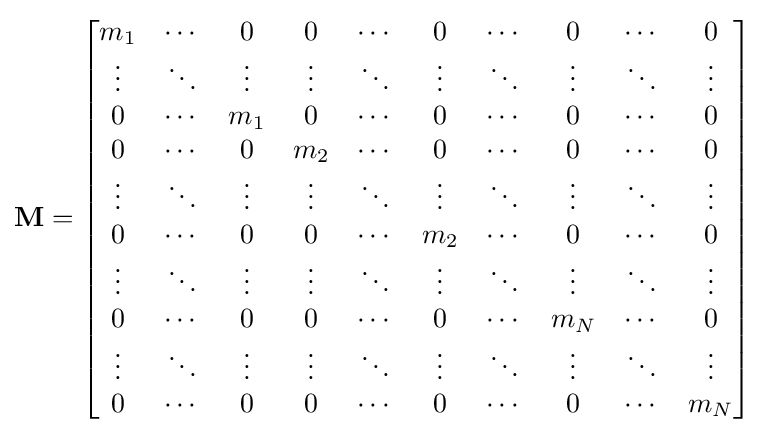
\mathbf {M} ={\begin{bmatrix}m_{1}&\cdots &0&0&\cdots &0&\cdots &0&\cdots &0\\\vdots &\ddots &\vdots &\vdots &\ddots &\vdots &\ddots &\vdots &\ddots &\vdots \\0&\cdots &m_{1}&0&\cdots &0&\cdots &0&\cdots &0\\0&\cdots &0&m_{2}&\cdots &0&\cdots &0&\cdots &0\\\vdots &\ddots &\vdots &\vdots &\ddots &\vdots &\ddots &\vdots &\ddots &\vdots \\0&\cdots &0&0&\cdots &m_{2}&\cdots &0&\cdots &0\\\vdots &\ddots &\vdots &\vdots &\ddots &\vdots &\ddots &\vdots &\ddots &\vdots \\0&\cdots &0&0&\cdots &0&\cdots &m_{N}&\cdots &0\\\vdots &\ddots &\vdots &\vdots &\ddots &\vdots &\ddots &\vdots &\ddots &\vdots \\0&\cdots &0&0&\cdots &0&\cdots &0&\cdots &m_{N}\\\end{bmatrix}}